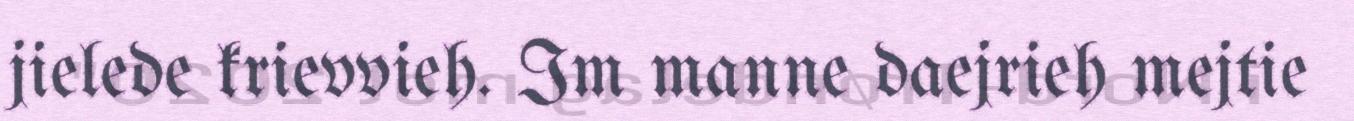
jielede krievvieh. Im manne daejrieh mejtie